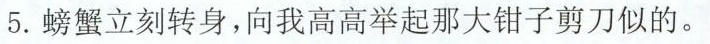
5.螃蟹立刻转身，向我高高举起那大钳子剪刀似的。